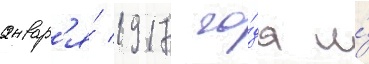
январ'я́ 1917 го́да и́